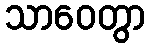
သာဝေတွာ